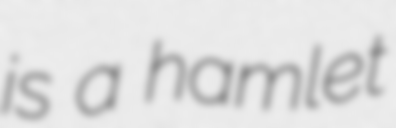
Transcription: is a hamlet